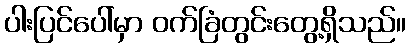
ပါးပြင်ပေါ်မှာ ဝက်ခြံတွင်းတွေ့ရှိသည်။